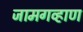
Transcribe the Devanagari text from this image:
जामगव्हाण